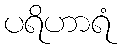
ပရိဟာရံ